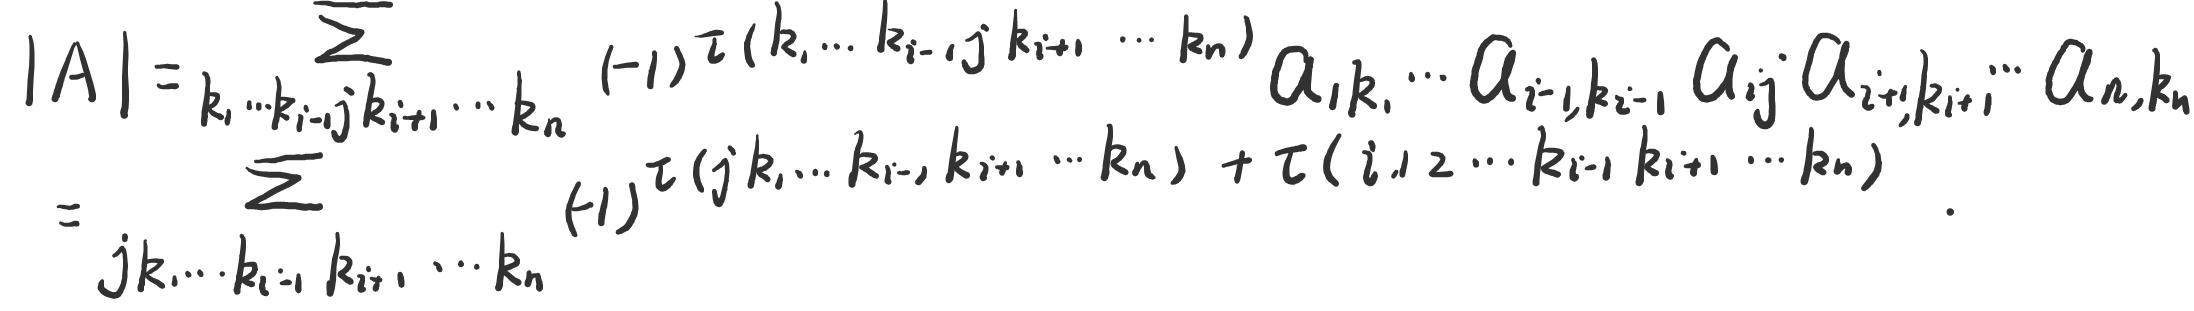
\[
\begin{align*}
|A|&=\sum_{k_1\cdots k_{i - 1}j k_{i+1}\cdots k_n}(-1)^{\tau(k_1\cdots k_{i - 1}j k_{i+1}\cdots k_n)}a_{1k_1}\cdots a_{i - 1,k_{i - 1}}a_{ij}a_{i + 1,k_{i+1}}\cdots a_{nk_n}\\
&=\sum_{jk_1\cdots k_{i - 1}k_{i+1}\cdots k_n}(-1)^{\tau(jk_1\cdots k_{i - 1}k_{i+1}\cdots k_n)+\tau(i,1,2,\cdots k_{i - 1}k_{i+1}\cdots k_n)}.
\end{align*}
\]